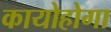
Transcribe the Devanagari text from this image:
कायोहोगा